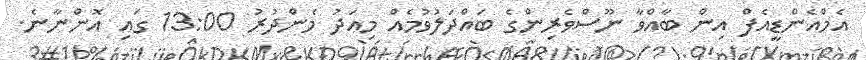
އެމްއެންޑީއެފް އިން ބާއްވާ ނޫސްވެރިންގެ ބައްދަލުވުމެއް މިއަދު މެންދުރު 13:00 ގައި އޮންނާނެ.